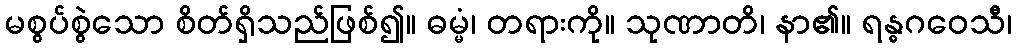
မစွပ်စွဲသော စိတ်ရှိသည်ဖြစ်၍။ ဓမ္မံ၊ တရားကို။ သုဏာတိ၊ နာ၏။ ရန္ဓဂဝေသီ၊